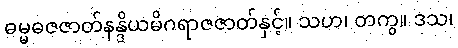
ဓမ္မဓဇဇာတ်နန္ဒိယမိဂရာဇဇာတ်နှင့်။ သဟ၊ တကွ။ ဒသ၊